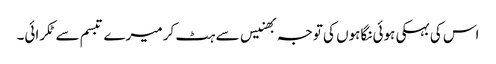
اس کی بہکی ہوئی نگاہوں کی توجہ بھنیس سے ہٹ کر میرے تبسم سے ٹکرائی۔